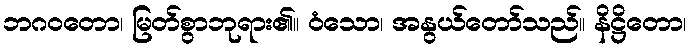
ဘဂဝတော၊ မြတ်စွာဘုရား၏။ ဝံသော၊ အနွယ်တော်သည်။ နိဋ္ဌိတော၊